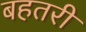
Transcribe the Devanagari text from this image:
बहतरी